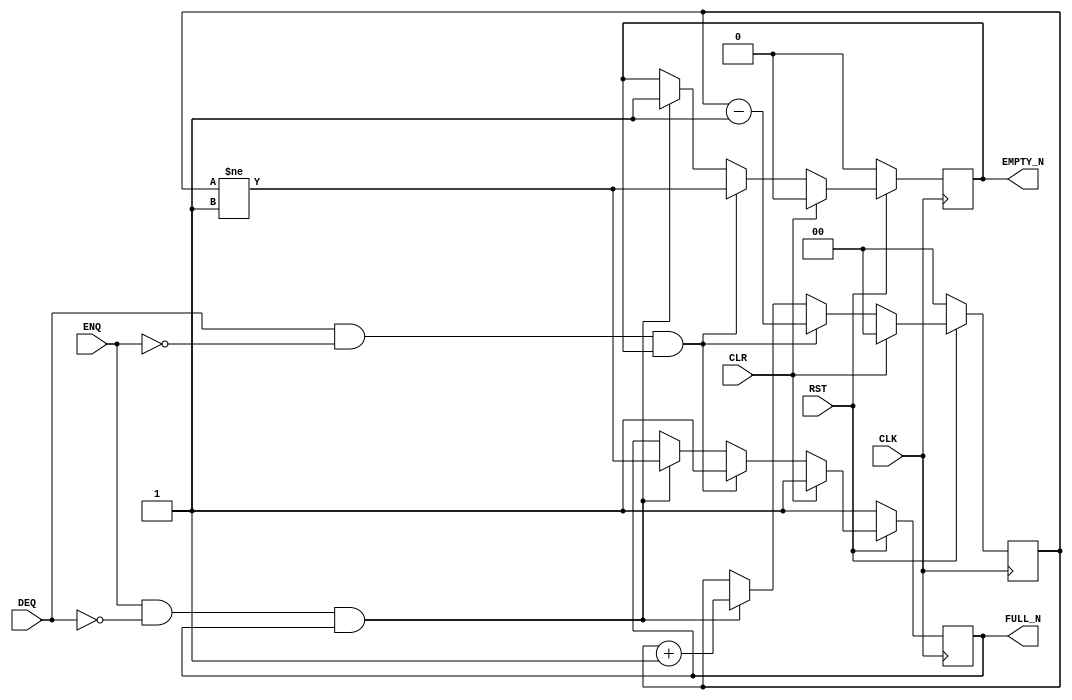

// Copyright (c) 2000-2012 Bluespec, Inc.

// Permission is hereby granted, free of charge, to any person obtaining a copy
// of this software and associated documentation files (the "Software"), to deal
// in the Software without restriction, including without limitation the rights
// to use, copy, modify, merge, publish, distribute, sublicense, and/or sell
// copies of the Software, and to permit persons to whom the Software is
// furnished to do so, subject to the following conditions:

// The above copyright notice and this permission notice shall be included in
// all copies or substantial portions of the Software.

// THE SOFTWARE IS PROVIDED "AS IS", WITHOUT WARRANTY OF ANY KIND, EXPRESS OR
// IMPLIED, INCLUDING BUT NOT LIMITED TO THE WARRANTIES OF MERCHANTABILITY,
// FITNESS FOR A PARTICULAR PURPOSE AND NONINFRINGEMENT. IN NO EVENT SHALL THE
// AUTHORS OR COPYRIGHT HOLDERS BE LIABLE FOR ANY CLAIM, DAMAGES OR OTHER
// LIABILITY, WHETHER IN AN ACTION OF CONTRACT, TORT OR OTHERWISE, ARISING FROM,
// OUT OF OR IN CONNECTION WITH THE SOFTWARE OR THE USE OR OTHER DEALINGS IN
// THE SOFTWARE.
//
// $Revision: 29755 $
// $Date: 2012-10-22 13:58:12 +0000 (Mon, 22 Oct 2012) $

`ifdef BSV_ASSIGNMENT_DELAY
`else
  `define BSV_ASSIGNMENT_DELAY
`endif

`ifdef BSV_POSITIVE_RESET
  `define BSV_RESET_VALUE 1'b1
  `define BSV_RESET_EDGE posedge
`else
  `define BSV_RESET_VALUE 1'b0
  `define BSV_RESET_EDGE negedge
`endif

`ifdef BSV_ASYNC_RESET
 `define BSV_ARESET_EDGE_META or `BSV_RESET_EDGE RST
`else
 `define BSV_ARESET_EDGE_META
`endif


// Depth N FIFO (N > 1)
module SizedFIFO0(CLK, RST, ENQ, FULL_N, DEQ, EMPTY_N, CLR);
   parameter p1depth = 2;
   parameter p2cntr_width = 2; // log2(p1depth+1)
   parameter guarded = 1;

   localparam truedepth = (p1depth >= 2) ? p1depth : 2;

   input     CLK;
   input     RST;
   input     CLR;
   input     ENQ;
   input     DEQ;
   output    FULL_N;
   output    EMPTY_N;

   reg       not_full;
   reg       not_empty;
   reg [p2cntr_width-1 : 0] count;

   assign                 EMPTY_N = not_empty;
   assign                 FULL_N = not_full;

`ifdef BSV_NO_INITIAL_BLOCKS
`else // not BSV_NO_INITIAL_BLOCKS
   // synopsys translate_off
   initial
     begin
        count      = 0 ;
        not_empty  = 1'b0;
        not_full   = 1'b1;
     end // initial begin
   // synopsys translate_on
`endif // BSV_NO_INITIAL_BLOCKS


   always @(posedge CLK `BSV_ARESET_EDGE_META)
     begin
        if (RST == `BSV_RESET_VALUE)
          begin
             count <= `BSV_ASSIGNMENT_DELAY 0 ;
             not_empty <= `BSV_ASSIGNMENT_DELAY 1'b0;
             not_full <= `BSV_ASSIGNMENT_DELAY 1'b1;
          end // if (RST == `BSV_RESET_VALUE)
        else
           begin
              if (CLR)
                begin
                   count <= `BSV_ASSIGNMENT_DELAY 0 ;
                   not_empty <= `BSV_ASSIGNMENT_DELAY 1'b0;
                   not_full <= `BSV_ASSIGNMENT_DELAY 1'b1;
                end // if (CLR)
              else begin
                 if (DEQ && ! ENQ && not_empty )
                   begin
                      not_full <= `BSV_ASSIGNMENT_DELAY 1'b1;
                      not_empty <= `BSV_ASSIGNMENT_DELAY  count != 'b01  ;
                      count <= `BSV_ASSIGNMENT_DELAY count - 1'b1 ;
                   end // if (DEQ && ! ENQ && not_empty )
                 else if (ENQ && ! DEQ && not_full )
                   begin
                      not_empty <= `BSV_ASSIGNMENT_DELAY 1'b1;
                      not_full <= `BSV_ASSIGNMENT_DELAY count != (truedepth - 1) ;
                      count <= `BSV_ASSIGNMENT_DELAY count + 1'b1 ;
                   end // if (ENQ && ! DEQ && not_full )
              end // else: !if(CLR)
           end // else: !if(RST == `BSV_RESET_VALUE)
     end // always @ (posedge CLK or `BSV_RESET_EDGE RST)

      // synopsys translate_off
   always@(posedge CLK)
     begin: error_checks
        reg deqerror, enqerror ;

        deqerror =  0;
        enqerror = 0;
        if (RST == ! `BSV_RESET_VALUE)
           begin
              if ( ! EMPTY_N && DEQ )
                begin
                   deqerror = 1 ;
                   $display( "Warning: SizedFIFO0: %m -- Dequeuing from empty fifo" ) ;
                end
              if ( ! FULL_N && ENQ && (!DEQ || guarded) )
                begin
                   enqerror =  1 ;
                   $display( "Warning: SizedFIFO0: %m -- Enqueuing to a full fifo" ) ;
                end
           end // if (RST == ! `BSV_RESET_VALUE)
     end // block: error_checks
   // synopsys translate_on

endmodule // SizedFIFO0